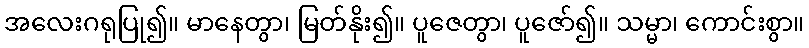
အလေးဂရုပြု၍။ မာနေတွာ၊ မြတ်နိုး၍။ ပူဇေတွာ၊ ပူဇော်၍။ သမ္မာ၊ ကောင်းစွာ။